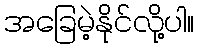
အခြေမဲ့နိုင်လို့ပါ။